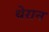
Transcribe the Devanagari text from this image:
थेरान